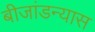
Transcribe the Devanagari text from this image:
बीजांडन्यास